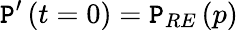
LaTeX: \mathtt{P}^{\prime}\left(t=0\right)=\mathtt{P}_{RE}\left(p\right)